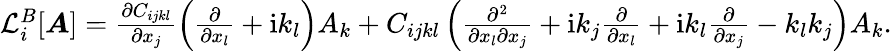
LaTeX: \begin{array}{r}{\mathcal{L}_{i}^{B}[\boldsymbol{A}]=\frac{\partial C_{ijkl}}{\partial x_{j}}\left(\frac{\partial}{\partial x_{l}}+\mathrm{i}k_{l}\right)A_{k}+C_{ijkl}\left(\frac{\partial^{2}}{\partial x_{l}\partial x_{j}}+\mathrm{i}k_{j}\frac{\partial}{\partial x_{l}}+\mathrm{i}k_{l}\frac{\partial}{\partial x_{j}}-k_{l}k_{j}\right)A_{k}.}\end{array}